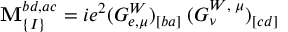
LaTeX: \mathbf { M } _ { \{ I \} } ^ { b d , a c } = i e ^ { 2 } ( G _ { e , \mu } ^ { W } ) _ { [ b a ] } \; ( G _ { \nu } ^ { W , \; \mu } ) _ { [ c d ] }